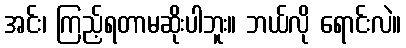
အင်း၊ ကြည့်ရတာမဆိုးပါဘူး။ ဘယ်လို ရောင်းလဲ။